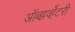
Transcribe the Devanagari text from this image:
ऑब्झर्व्हेटरी